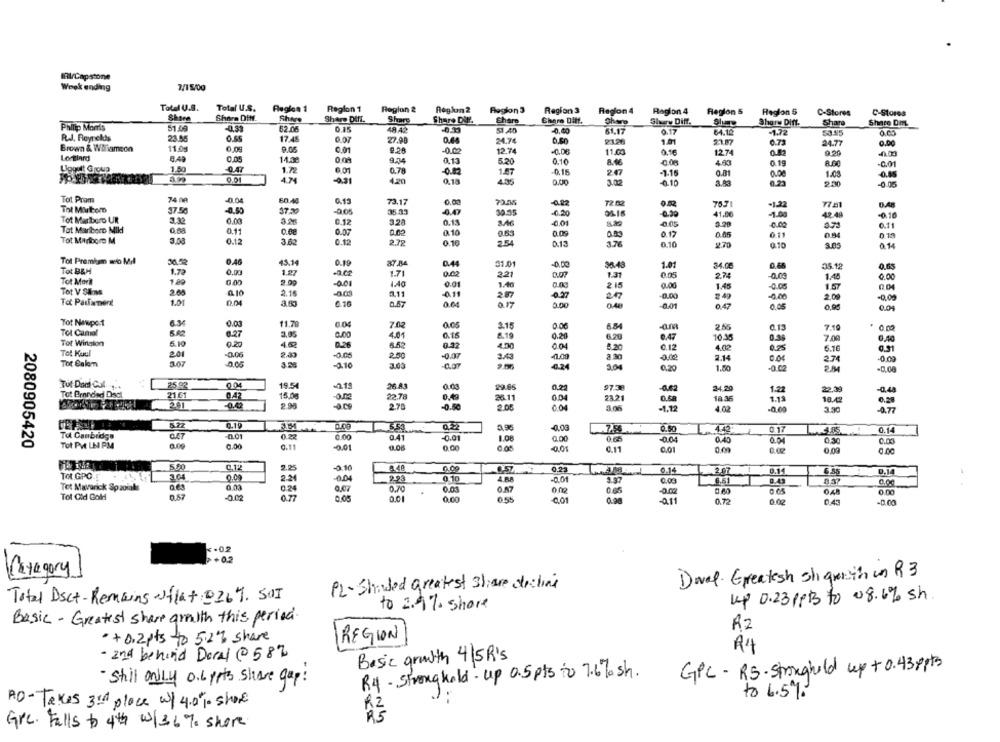
IRI/Capstone
Winek ending
7/1 5/00
Total U.S.
Total U.S.
Region 1
Region 1
Region 2
Reglun 2
Region 3
Region 3
Region 4
Ragion 4
Region 5
Region 5
C-Stores
Share Diff.
Shevs
Share DATI.
Share
Chero Diff.
C-Stores
Philip Morris
51.49
-0.31
Share Dir.
Chare
Chero
Shurw Diff.
Sharw Diff.
Share
Share Di
52 76
0.15
48 42
0.00
61.17
0.17
64.12
-1.72
53.95
0.00
R.J. Reynekis
23.45
17.45
0.07
27.98
0.64
24.74
2126
1.01
51.87
0.71
24.77
0.00
Brown & Wiliamson
11.0g
6.0
0.01
9.28
-0.02
12.74
-0.00
11.03
0.16
12.74
9.20
Loniard
0.05
0.09
9.74
0.13
5.20
0.10
8.46
4.43
0.19
R.00
-0.01
Ligquit Group
1.50
1.72
0 01
0.78
-0.82
1.57
0.15
-1.15
4.24
4.20
247
0.01
ouDe
1.03
0.85
-0,31
0.13
4.35
0.00
3.02
-0.10
0.23
2.00
-0.05
Tot Pram
74 0R
-0.04
60.40
0.13
73.17
0.00
72.05
-0.22
72.02
75,71
-122
77.31
D.AZ
Tot Marlboro
37.50
-0.50
37.20
-0.05
35.33
30.55
-0.20
06-16
-0.30
41.06
-1.00
42.49
-0.10
Tot Marlboro UR
3.32
3.26
0.12
320
0.13
3.46
-0.01
0.05
3.20
Tot Marlboro Mild
0.11
0.07
0.10
0.1
0.83
0.09
0.83
0.17
0.45
0.11
0.84
Tot Marlboro M
3.00
0.12
3.62
0.12
2.72
0.10
2.54
0.13
3.76
0.10
2.70
Q.10
3.03
0.14
0.46
Tot Premium wo Mil
45.14
0.19
87.84
0.44
38.48
1.01
34.06
05.12
0.65
Tot B&M
1.7
0.00
1.27
1.7
0.02
2.21
1.31
0.05
2.74
-0.09
0.00
Tot Moral
1.80
-001
4.40
0.01
1.46
1.45
215
0.00
1.45
-0.06
1.57
Tot V Sans
2.68
0.10
2.15
2.11
0.11
287
-0.27
247
0.00
Tot Parlament
1.01
0.16
0.67
0.64
0.17
0.00
8.01
0.47
0.05
2.00
0.08
0.04
Tot Newpot
0.03
11.79
0.04
7.02
0.05
3.15
0.06
6.84
2.55
0.13
7.19
Tot Camal
6.27
3.05
0.15
8.19
Tot Winglon
5.10
0.00
4.01
0.20
6.20
10.35
7.00
0,40
0.20
462
6.52
0.32
4.50
0.04
5.20
0.12
4.00
0.25
6.10
Tot Kuul
200
-0.06
2.31
-0.05
2.50
-0.07
3.43
41.00
2.30
-o.de
0.04
.00
Tot Calem
3.28
3.03
2.14
-9.10
-0.07
-0.24
30
0.20
1.50
Tot Dad Cat.
25.92
19.54
26.83
0.03
29.65
0,22
97.38
-0.62
24.20
1.22
-0.44
Tot Prended Decl
21.61
-am
22.78
0,43
26.11
0.04
23.21
18 36
1.13
18.42
0.20
00
2.75
-0.50
2.08
0.04
-1.12
4.02
-0,60
3.30
-0.77
0.19
5.22
-0.03
0.50
L 42
0.17
0.14
Tal Canbridge
-0.01
0.22
0.00
0.41
-0.01
1.08
9.00
2080905420
Tot PVt LE PM
6.00
0.11
-0.01
0.00
-0.04
0.40
0.04
0.30
0.00
0.00
0.11
0.01
0.00
0,00
0.00
2.25
-0.16
0.00
0.23
364
0.14
207
0.14
0,14
Tot GPO.
0.00
2.21
-0.04
0.10
4.RA
-0.01
3.37
0.03
6.51
0.43
Tet Maverick Spzolaks
0.24
0.07
0.70
0.00
0.87
0.00
Tot Old Gold
0.57
-0.02
0.77
0.01
0.00
0.55
0.48
0.00
0.01
0.98
0.72
0.02
0.45
-0.2
+ 02
Category
Davel. Greatesh shi queath un R 3
PL-Shaded greatest share decline
Total Dect-Remains ofla+ 8267. SOI
up 0.23 ppB to 08.6% sh.
to 2.9% Share
Basic - Greatest share growth this period.
R2
+0.2 pts to 5.2% share
REGION
R4
- 2nd behind Doral @ 587
Basic arwith 4/5R's
GPC- RS·stronghold up + 0.43ppt3
- Still only 0.6 pts share gap !
R4- Stronghold-up 0.5 pts to 7.67 sh.
to 6.5%
AO-Takes 3rd place of 4.0% show
Gre. Falls to 4th w/36% shore